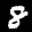
Label: 8